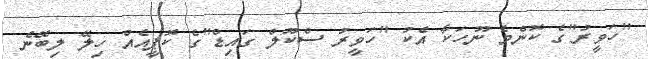
"ހަވީރު"ގެ ކޮންމެ ނޫހަކާ އެކު "ހަވީރު ސްކޫލް ގައިޑް"ގެ ކޮޕީއެއް ހިލޭ ލިބޭނެ